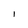
Character: I